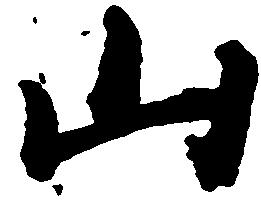
山